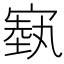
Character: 𪧢